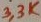
Text: 33K